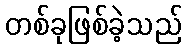
တစ်ခုဖြစ်ခဲ့သည်